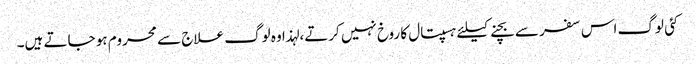
کئی لوگ اس سفر سے بچنے کیلئے ہسپتال کا روخ نہیں کرتے، لہذا وہ لوگ علاج سے محروم ہو جاتے ہیں۔